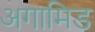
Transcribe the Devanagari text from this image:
अगामिड